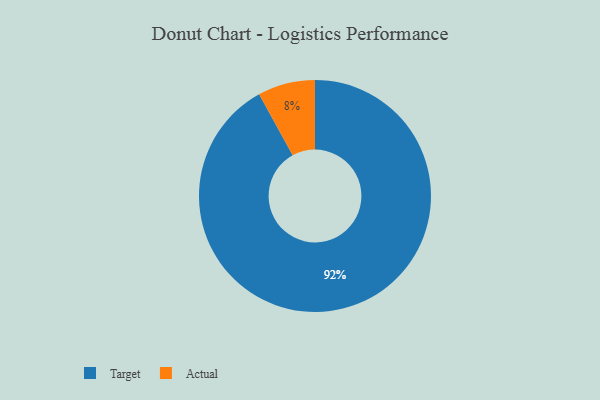
{"axis": {"x": "Category", "y": "Percentage"}, "legend": ["Actual", "Target"], "data": [{"x": "Target", "y": 92, "type": "Target"}, {"x": "Actual", "y": 8, "type": "Actual"}]}